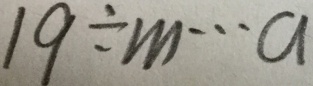
1 9 \div m \cdots a